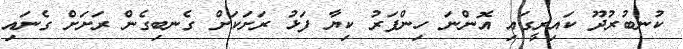
ކުނބުރުދޫ ކައިރީގައި އޮންނަ ހިންފަރު ކިޔާ ފަޅު ރަށަކަށް ގެނބިގެން ރަށަށް ގެނައި